Annual report of the Bengal Veterinary College and of the Civil Veterinary Department, Bengal, for the year 1907-1908 - 1907-1908
Year: 1907
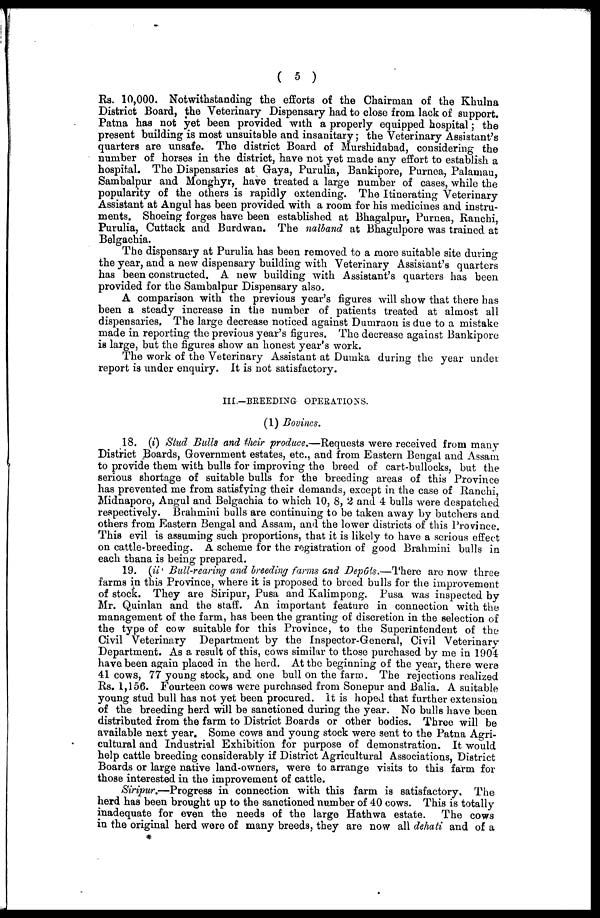
( 5 )
Rs. 10,000. Notwithstanding the efforts of the Chairman of the Khulna
District Board, the Veterinary Dispensary had to close from lack of support.
Patna has not yet been provided with a properly equipped hospital; the
present building is most unsuitable and insanitary; the Veterinary Assistant's
quarters are unsafe. The district Board of Murshidabad, considering the
number of horses in the district, have not yet made any effort to establish a
hospital. The Dispensaries at Gaya, Purulia, Bankipore, Purnea, Palamau,
Sambalpur and Monghyr, have treated a large number of cases, while the
popularity of the others is rapidly extending. The Itinerating Veterinary
Assistant at Angul has been provided with a room for his medicines and instru-
ments. Shoeing forges have been established at Bhagalpur, Purnea, Ranchi,
Purulia, Cuttack and Burdwan. The nalband at Bhagulpore was trained at
Belgachia.
The dispensary at Purulia has been removed to a more suitable site during
the year, ana a new dispensary building with Veterinary Assistant's quarters
has been constructed. A new building with Assistant's quarters has been
provided for the Sambalpur Dispensary also.
A comparison with the previous year's figures will show that there has
been a steady increase in the number of patients treated at almost all
dispensaries. The large decrease noticed against Dumraon is due to a mistake
made in reporting the previous year's figures. The decrease against Bankipore
is large, but the figures show an honest year's work.
The work of the Veterinary Assistant at Dumka during the year under
report is under enquiry. It is not satisfactory.
III.-BREEDING OPERATIONS.
(1) Bovines.
18. (i) Stud Bulls and their produce.—Requests were received from many
District Boards, Government estates, etc., and from Eastern Bengal and Assam
to provide them with bulls for improving the breed of cart-bullocks, but the
serious shortage of suitable bulls for the breeding areas of this Province
has prevented me from satisfying their demands, except in the case of Ranehi,
Midnapore, Angul and Belgachia to which 10, 8, 2 and 4 bulls were despatched
respectively. Brahmini bulls are continuing to be taken away by butchers and
others from Eastern Bengal and Assam, and the lower districts of this Province.
This evil is assuming such proportions, that it is likely to have a serious effect
on cattle-breeding. A scheme for the registration of good Brahmini bulls in
each thana is being prepared.
19. (ii Bull-rearing and breeding farms and Depôts.—There are now three
farms in this Province, where it is proposed to breed bulls for the improvement
of stock. They are Siripur, Pusa and Kalimpong. Pusa was inspected by
Mr. Quinlan and the staff. An important feature in connection with the
management of the farm, has been the granting of discretion in the selection of
the type of cow suitable for this Province, to the Superintendent of the
Civil Veterinary Department by the Inspector-General, Civil Veterinary
Department. As a result of this, cows similar to those purchased by me in 1904
have been again placed in the herd. At the beginning of the year, there were
41 cows, 77 young stock, and. one bull on the farm. The rejections realized
Rs. 1,156. Fourteen cows were purchased from Sonepur and Balia. A suitable
young stud bull has not yet been procured. It is hoped that further extension
of the breeding herd will be sanctioned during the year. No bulls have been
distributed from the farm to District Boards or other bodies. Three will be
available next year. Some cows and young stock were sent to the Patna Agri-
cultural and Industrial Exhibition for purpose of demonstration. It would
help cattle breeding considerably if District Agricultural Associations, District
Boards or large native land-owners, were to arrange visits to this farm for
those interested in the improvement of cattle.
Siripur.—Progress in connection with this farm is satisfactory. The
herd has been brought up to the sanctioned number of 40 cows. This is totally
inadequate for even the needs of the large Hathwa estate. The cows
in the original herd were of many breeds, they are now all dehati and of a
*